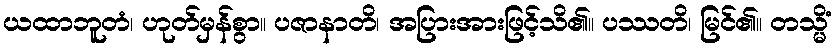
ယထာဘူတံ၊ ဟုတ်မှန်စွာ။ ပဇာနာတိ၊ အပြားအားဖြင့်သိ၏။ ပဿတိ၊ မြင်၏။ တသ္မိံ